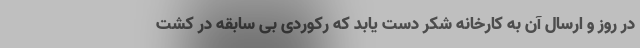
در روز و ارسال آن به کارخانه شکر دست یابد که رکوردی بی سابقه در کشت